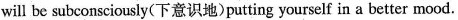
will be subconsciously(下意识地)putting yourself in a better mood.